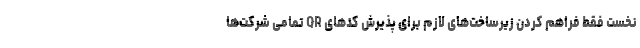
نخست فقط فراهم کردن زیرساخت‌های لازم برای پذیرش کدهای QR تمامی شرکت‌ها